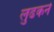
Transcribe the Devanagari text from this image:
लुढकने